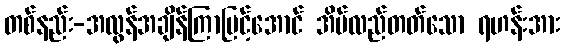
တစ်နည်း-အလွန်အချိန်ကြာမြင့်အောင် အိမ်လည်တတ်သော ရဟန်းအား